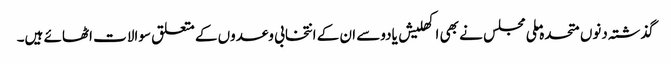
گذشتہ دنوں متحدہ ملی مجلس نے بھی اکھلیش یادوسے ان کے انتخابی وعدوں کے متعلق سوالات اٹھائے ہیں۔